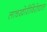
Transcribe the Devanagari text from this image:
लाचखोरीविरोधात